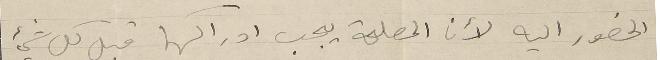
الحضور اليه لأن المصلحة يجب ادراكها قبل كل شيء